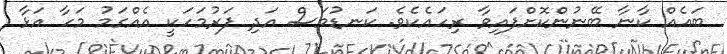
ބައެއް ކާނާ ބޭނުންކޮށްފައިވާ ރިހައެކެވެ. ކަނޑުމަސް އަދި ފަރުމަހަކީ އެއްގަމު މަހާ އަޅާ